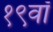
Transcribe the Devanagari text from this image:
१९वॉ